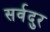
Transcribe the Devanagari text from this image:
सर्वदुर